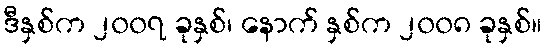
ဒီနှစ်က ၂၀၀၇ ခုနှစ်၊ နောက် နှစ်က ၂၀၀၈ ခုနှစ်။